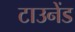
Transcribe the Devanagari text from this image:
टाउनेंड